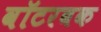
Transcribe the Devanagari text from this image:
वॉटरबक